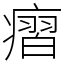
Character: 㿇